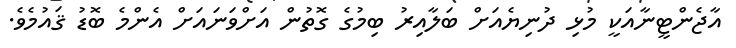
އާޖެންޓީނާއަކީ މުޅި ދުނިޔެއަށް ބަލާއިރު ބިމުގެ ގޮތުން އަށްވަނައަށް އެންމެ ބޮޑު ޤައުމެވެ.